Leaving Certificate Examination, 1924
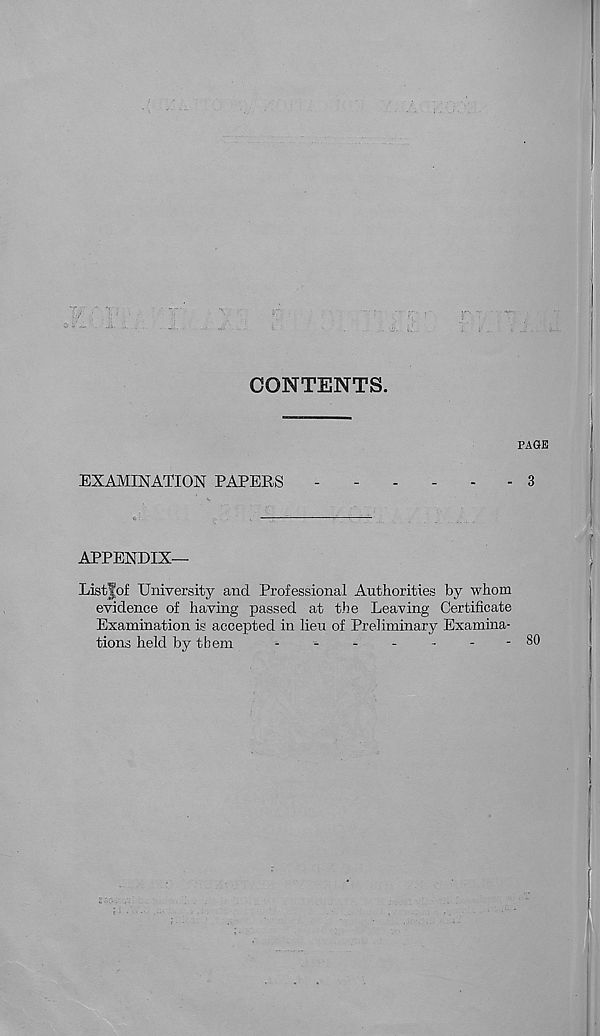
CONTENTS.
PAGE
EXAMINATION PAPERS
3
—
APPENDIX—
Listfof University and Professional Authorities by whom
evidence of having passed at the Leaving Certificate
Examination is accepted in lieu of Preliminary Examina-
tions held by them
--------